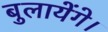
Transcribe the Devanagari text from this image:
बुलायेंगे।